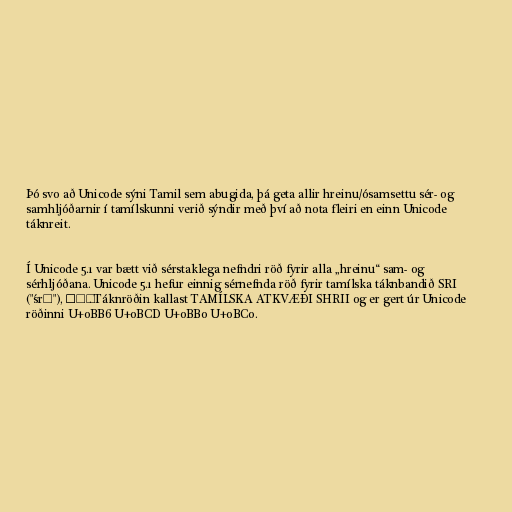
Þó svo að Unicode sýni Tamil sem abugida, þá geta allir hreinu/ósamsettu sér- og
samhljóðarnir í tamílskunni verið sýndir með því að nota fleiri en einn Unicode
táknreit.

Í Unicode 5.1 var bætt við sérstaklega nefndri röð fyrir alla „hreinu“ sam- og
sérhljóðana. Unicode 5.1 hefur einnig sérnefnda röð fyrir tamílska táknbandið SRI
("śrī"), ஶ்ரீ . Táknröðin kallast TAMÍLSKA ATKVÆÐI SHRII og er gert úr Unicode
röðinni U+0BB6 U+0BCD U+0BB0 U+0BC0.